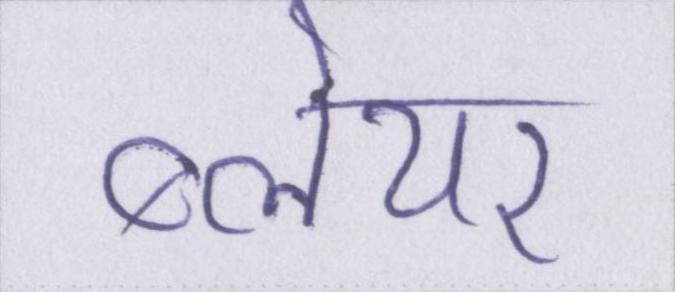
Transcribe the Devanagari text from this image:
ब्लेयर